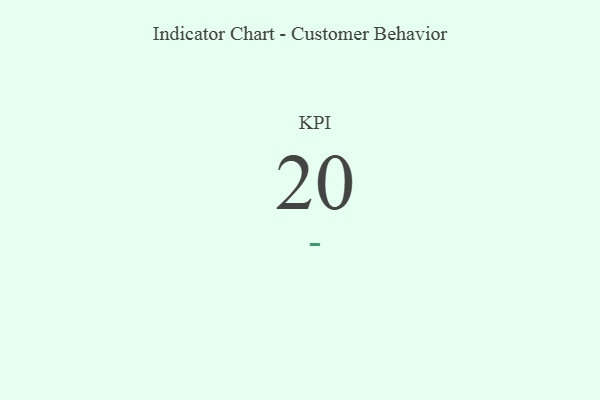
{"axis": {"x": "KPI", "y": "Value"}, "legend": [""], "data": [{"x": "KPI", "y": 20, "type": ""}]}